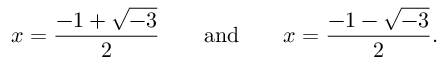
x = { \frac { - 1 + { \sqrt { - 3 } } } { 2 } } \quad \quad { \mathrm { a n d } } \quad \quad x = { \frac { - 1 - { \sqrt { - 3 } } } { 2 } } .